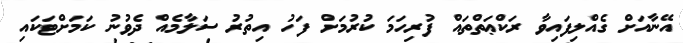
އޭނާއަށް ގެއްލިފައިވާ ރަކްޢަތްތައް ފުރިހަމަ ކުރުމަށް ފަހު އިތުރު ސަލާމެއް ދެވުނު ކަމަށްޓަކައި